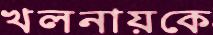
খলনায়কে